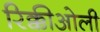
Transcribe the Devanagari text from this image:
रिक्कीओली